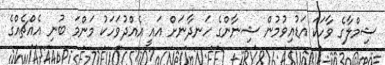
ޝިމްލާގެ ވާހަކަ އަޑުއިވުމުން ޝިނާންގެ ހަނދާނަށް އައީ އެއްދުވަހަކު މަންމަ ބުނި އެއްޗެއްގެ